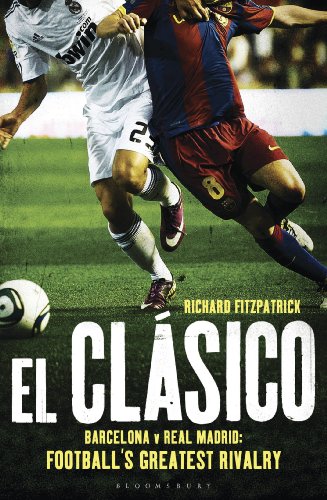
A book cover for El Clasico: Barcelona v Real Madrid: Football's Greatest Rivalry; Richard Fitzpatrick; Sports & Outdoors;